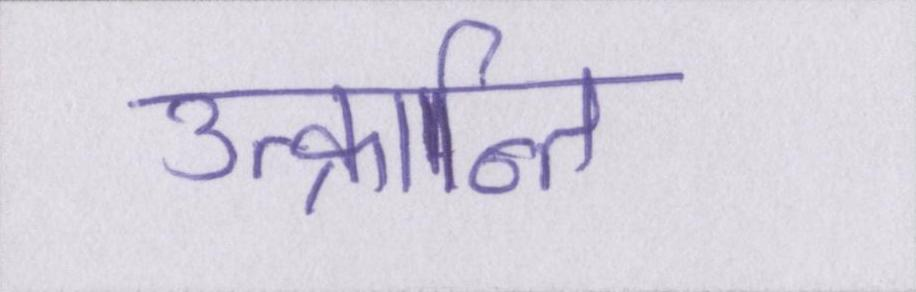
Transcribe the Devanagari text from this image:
उत्क्रान्ति